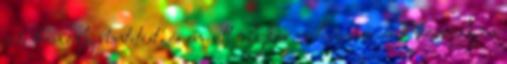
érte komoly büntetést, és emiatt olykor nehezemre esik komolyan